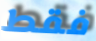
فقط